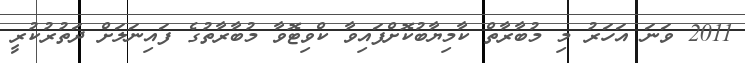
2011 ވަނަ އަހަރު މި މުބާރާތް ކާމިޔާބުކޮށްފައިވާ ކްވިޓޮވާ މުބާރާތުގެ ފައިނަލަށް ދަތުރުކުރީ